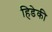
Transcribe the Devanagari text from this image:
हिडेकी